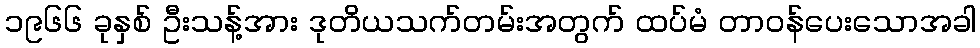
၁၉၆၆ ခုနှစ် ဦးသန့်အား ဒုတိယသက်တမ်းအတွက် ထပ်မံ တာဝန်ပေးသောအခါ